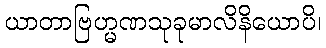
ယာတာဗြဟ္မဏသုခုမာလိနိယောပိ၊